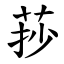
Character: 莏